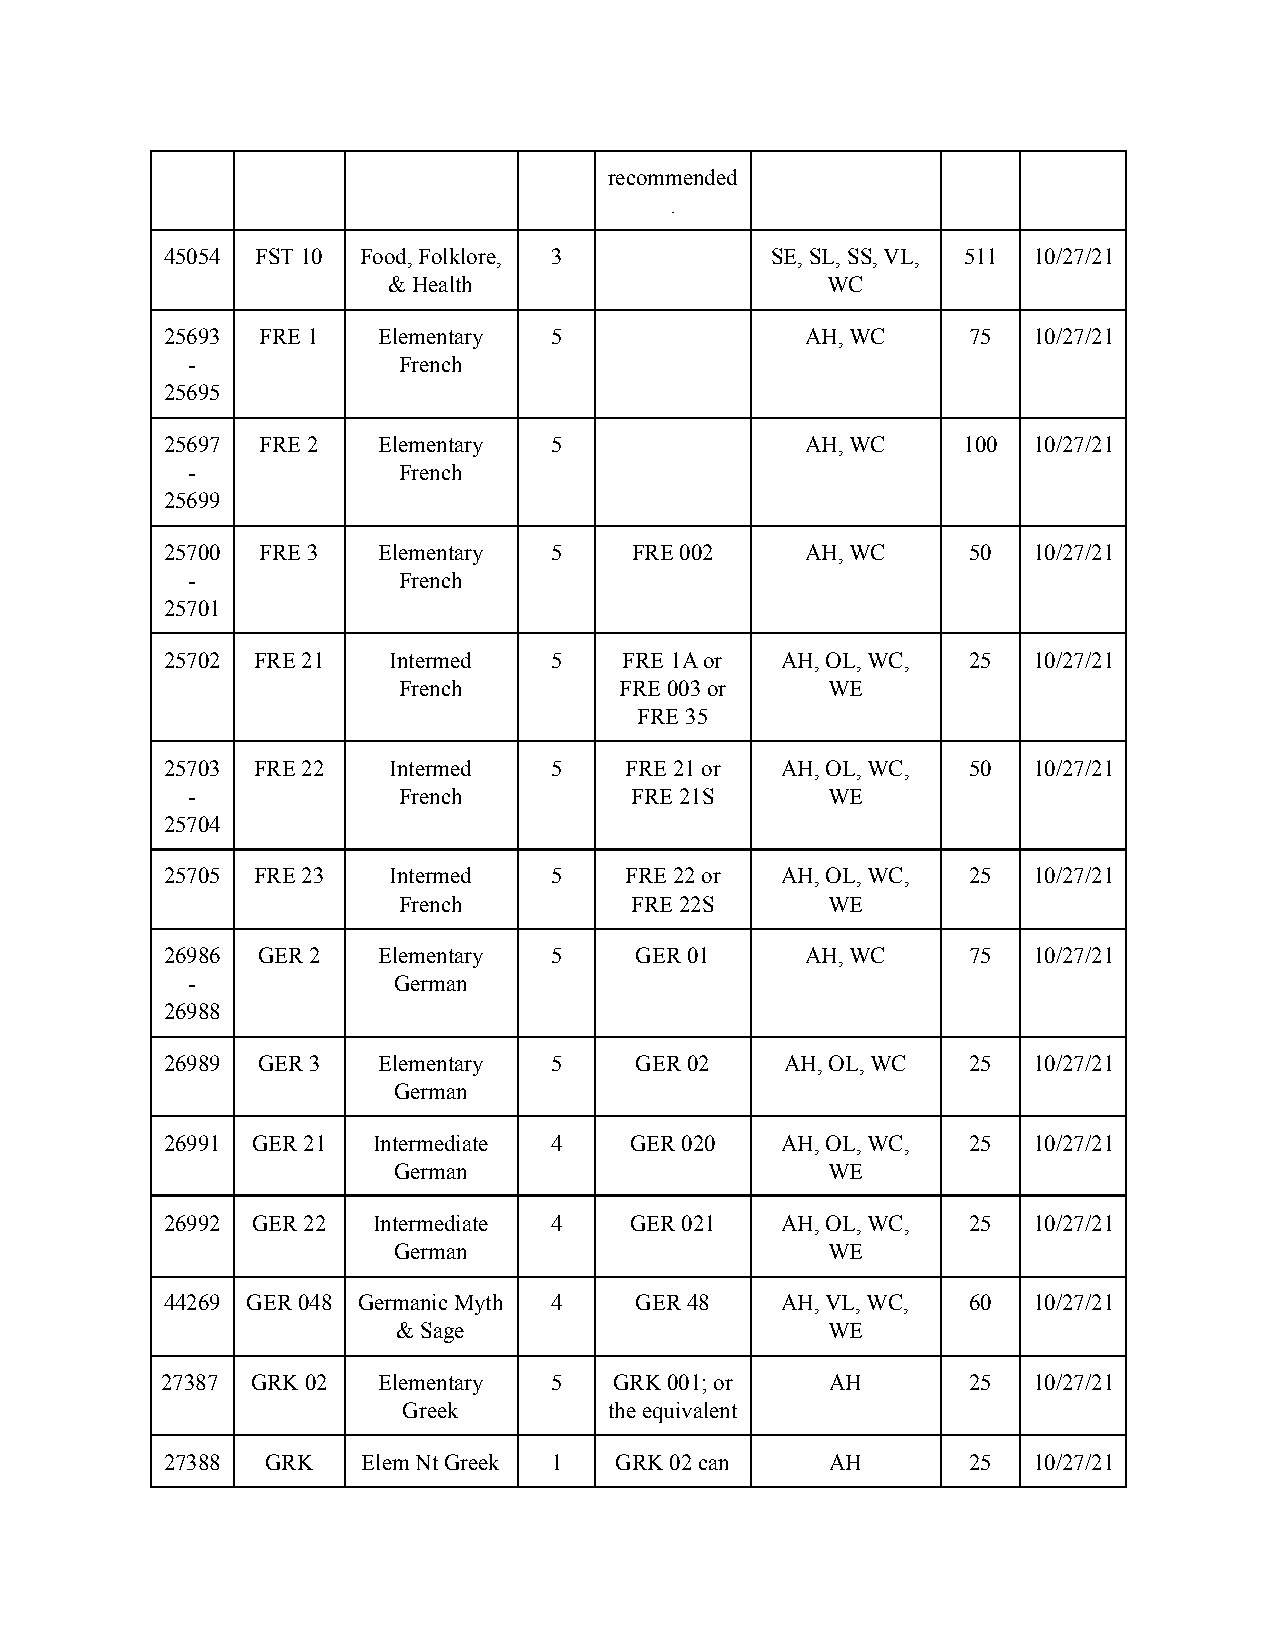
recommended
 .
 45054 FST 10 Food, Folklore, 3          SE, SL, SS, VL, 511 10/27/21
 & Health                     WC
 25693 FRE 1   Elementary 5                AH, WC     75  10/27/21
 -             French
 25695
 25697 FRE 2   Elementary 5                AH, WC     100 10/27/21
 -             French
 25699
 25700 FRE 3   Elementary 5     FRE 002    AH, WC     50  10/27/21
 -             French
 25701
 25702 FRE 21   Intermed  5    FRE 1A or  AH, OL, WC, 25  10/27/21
 French         FRE 003 or    WE
 FRE 35
 25703 FRE 22   Intermed  5    FRE 21 or  AH, OL, WC, 50  10/27/21
 -             French          FRE 21S      WE
 25704
 25705 FRE 23   Intermed  5    FRE 22 or  AH, OL, WC, 25  10/27/21
 French          FRE 22S      WE
 26986 GER 2   Elementary 5     GER 01     AH, WC     75  10/27/21
 -             German
 26988
 26989 GER 3   Elementary 5     GER 02    AH, OL, WC  25  10/27/21
 German
 26991 GER 21  Intermediate 4   GER 020   AH, OL, WC, 25  10/27/21
 German                       WE
 26992 GER 22  Intermediate 4   GER 021   AH, OL, WC, 25  10/27/21
 German                       WE
 44269 GER 048 Germanic Myth 4  GER 48    AH, VL, WC, 60  10/27/21
 & Sage                       WE
 27387 GRK 02  Elementary 5    GRK 001; or   AH       25  10/27/21
 Greek        the equivalent
 27388  GRK   Elem Nt Greek 1  GRK 02 can    AH       25  10/27/21